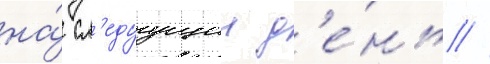
на́ сл'едуущии д'е́нь //